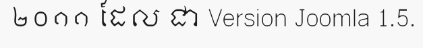
២០១១ ដែល ជា Version Joomla 1.5.